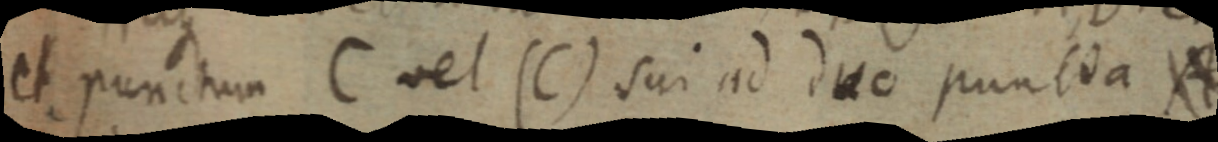
et punctum C vel (C) sui ad duo puntua A